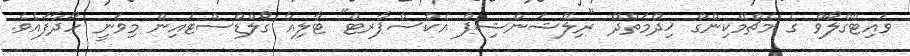
ވައިޓްގްލޯވް ގެ މެޗްމޭކިންގް ޚިދްމަތްދޭ "ރިލޭޝަންޝިޕް އެކްސްޕާރޓް" ޓާލިއާ ގޯލްޑްސްޓައިން މިވަނީ ހޯދާފައެވެ.